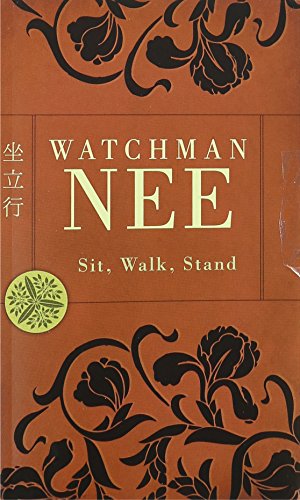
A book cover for Sit, Walk, Stand; Watchman Nee; Christian Books & Bibles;